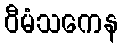
ဝီမံသကေန